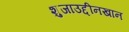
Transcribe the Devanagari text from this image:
शुजाउद्दीनखान